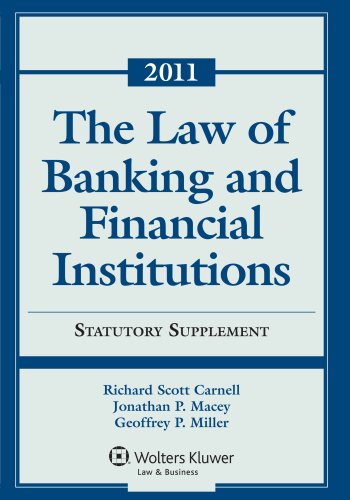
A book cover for Law of Banking & Financial Institutions: 2011 Statutory Supplement; Richard Scott Carnell; Law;